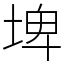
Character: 埤